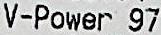
V-POWER 97